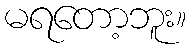
မရတော့ဘူး။